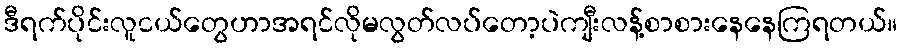
ဒီရက်ပိုင်းလူငယ်တွေဟာအရင်လိုမလွတ်လပ်တော့ပဲကျီးလန့်စာစားနေနေကြရတယ်။